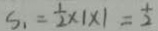
S _ { 1 } = \frac { 1 } { 2 } \times 1 \times 1 = \frac { 1 } { 2 }